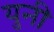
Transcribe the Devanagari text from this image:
युनी